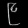
Digit: ၉